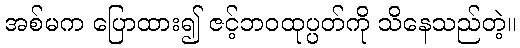
အစ်မက ပြောထား၍ ဇင့်ဘဝထုပ္ပတ်ကို သိနေသည်တဲ့။